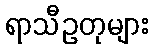
ရာသီဥတုများ